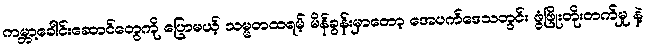
ကမ္ဘာ့ခေါင်းဆောင်တွေကို ပြောမယ့် သမ္မတထရမ့် မိန်ခွန်းမှာတော့ အေပက်ဒေသတွင်း ဖွံဖြိုးတိုးတက်မှု နဲ့